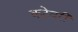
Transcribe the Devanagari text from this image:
कटेवरी